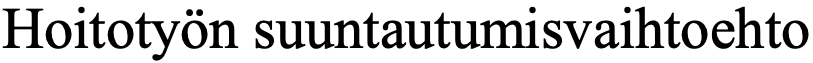
Hoitotyön suuntautumisvaihtoehto